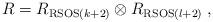
LaTeX: \begin{align*}R=R_{{\rm RSOS}(k+2)}\otimes R_{{\rm RSOS}(l+2)}\;,\end{align*}